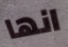
انها